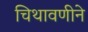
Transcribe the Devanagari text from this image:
चिथावणीने